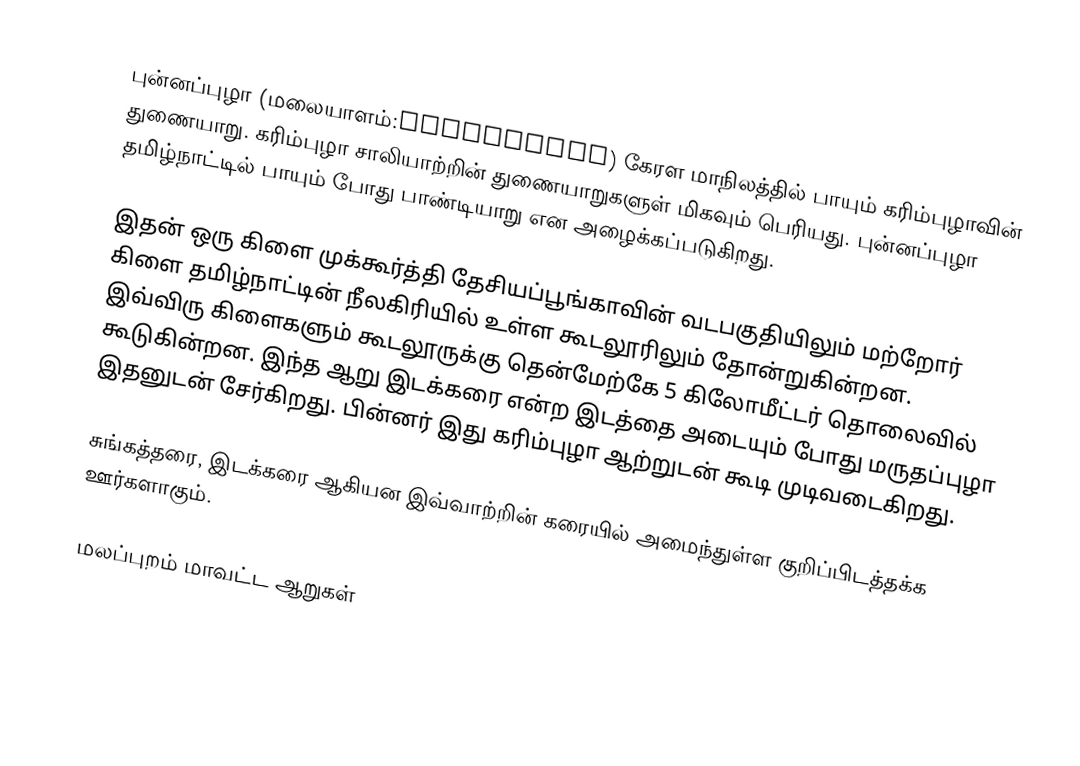
புன்னப்புழா (மலையாளம்:പുന്നപ്പുഴ) கேரள மாநிலத்தில் பாயும் கரிம்புழாவின் துணையாறு. கரிம்புழா சாலியாற்றின் துணையாறுகளுள் மிகவும் பெரியது. புன்னப்புழா தமிழ்நாட்டில் பாயும் போது பாண்டியாறு என அழைக்கப்படுகிறது.

இதன் ஒரு கிளை முக்கூர்த்தி தேசியப்பூங்காவின் வடபகுதியிலும் மற்றோர் கிளை தமிழ்நாட்டின் நீலகிரியில் உள்ள கூடலூரிலும் தோன்றுகின்றன. இவ்விரு கிளைகளும் கூடலூருக்கு தென்மேற்கே 5 கிலோமீட்டர் தொலைவில் கூடுகின்றன. இந்த ஆறு இடக்கரை என்ற இடத்தை அடையும் போது மருதப்புழா இதனுடன் சேர்கிறது. பின்னர் இது கரிம்புழா ஆற்றுடன் கூடி முடிவடைகிறது.

சுங்கத்தரை, இடக்கரை ஆகியன இவ்வாற்றின் கரையில் அமைந்துள்ள குறிப்பிடத்தக்க ஊர்களாகும்.

மலப்புறம் மாவட்ட ஆறுகள்